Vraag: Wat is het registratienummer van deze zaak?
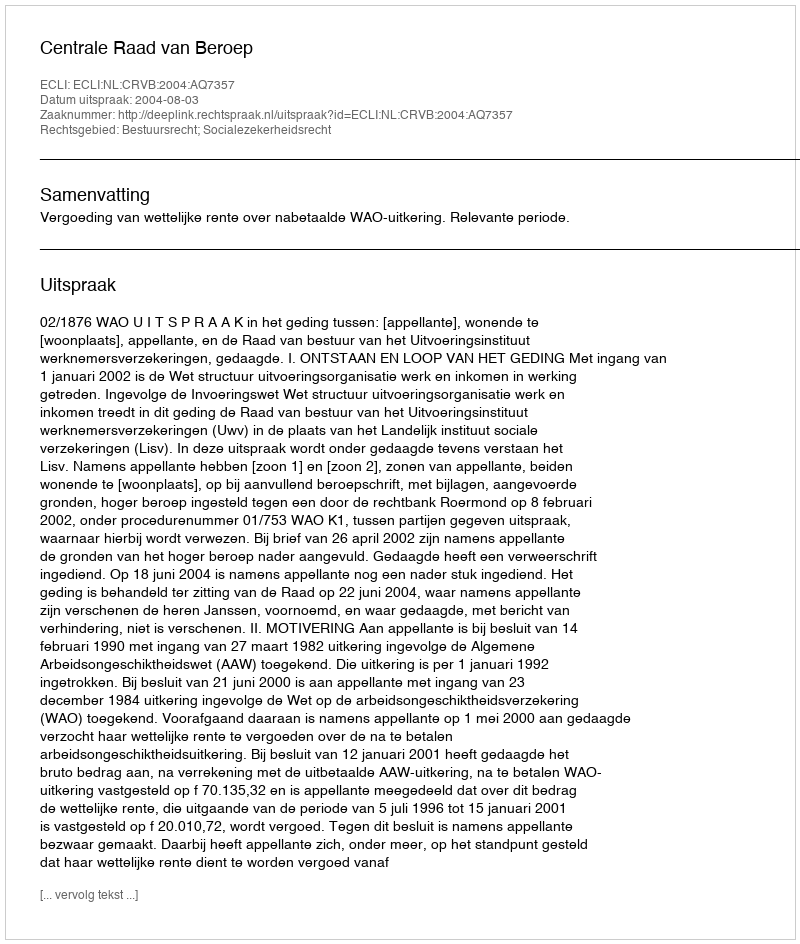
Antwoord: http://deeplink.rechtspraak.nl/uitspraak?id=ECLI:NL:CRVB:2004:AQ7357